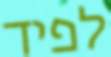
לפיד